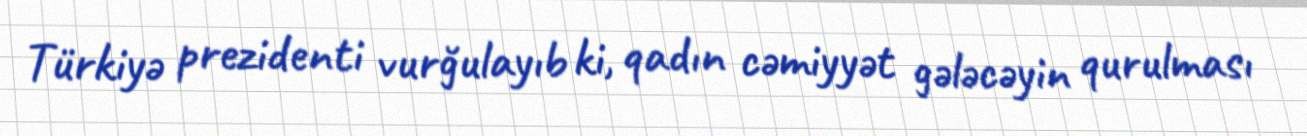
Türkiyə prezidenti vurğulayıb ki, qadın cəmiyyət gələcəyin qurulması